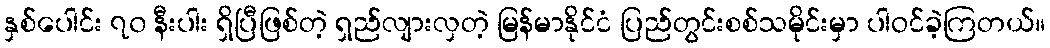
နှစ်ပေါင်း ၇၀ နီးပါး ရှိပြီဖြစ်တဲ့ ရှည်လျားလှတဲ့ မြန်မာနိုင်ငံ ပြည်တွင်းစစ်သမိုင်းမှာ ပါဝင်ခဲ့ကြတယ်။